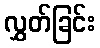
လွှတ်ခြင်း